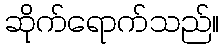
ဆိုက်ရောက်သည်။